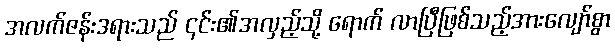
အလက်ဇန်းဒရားသည် ၎င်း၏အလှည့်သို့ ရောက် လာပြီဖြစ်သည့်အားလျော်စွာ